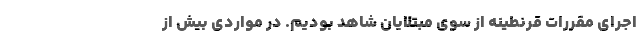
اجرای مقررات قرنطینه از سوی مبتلایان شاهد بودیم. در مواردی بیش از